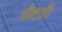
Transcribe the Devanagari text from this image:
पीटती